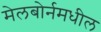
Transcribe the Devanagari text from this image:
मेलबोर्नमधील